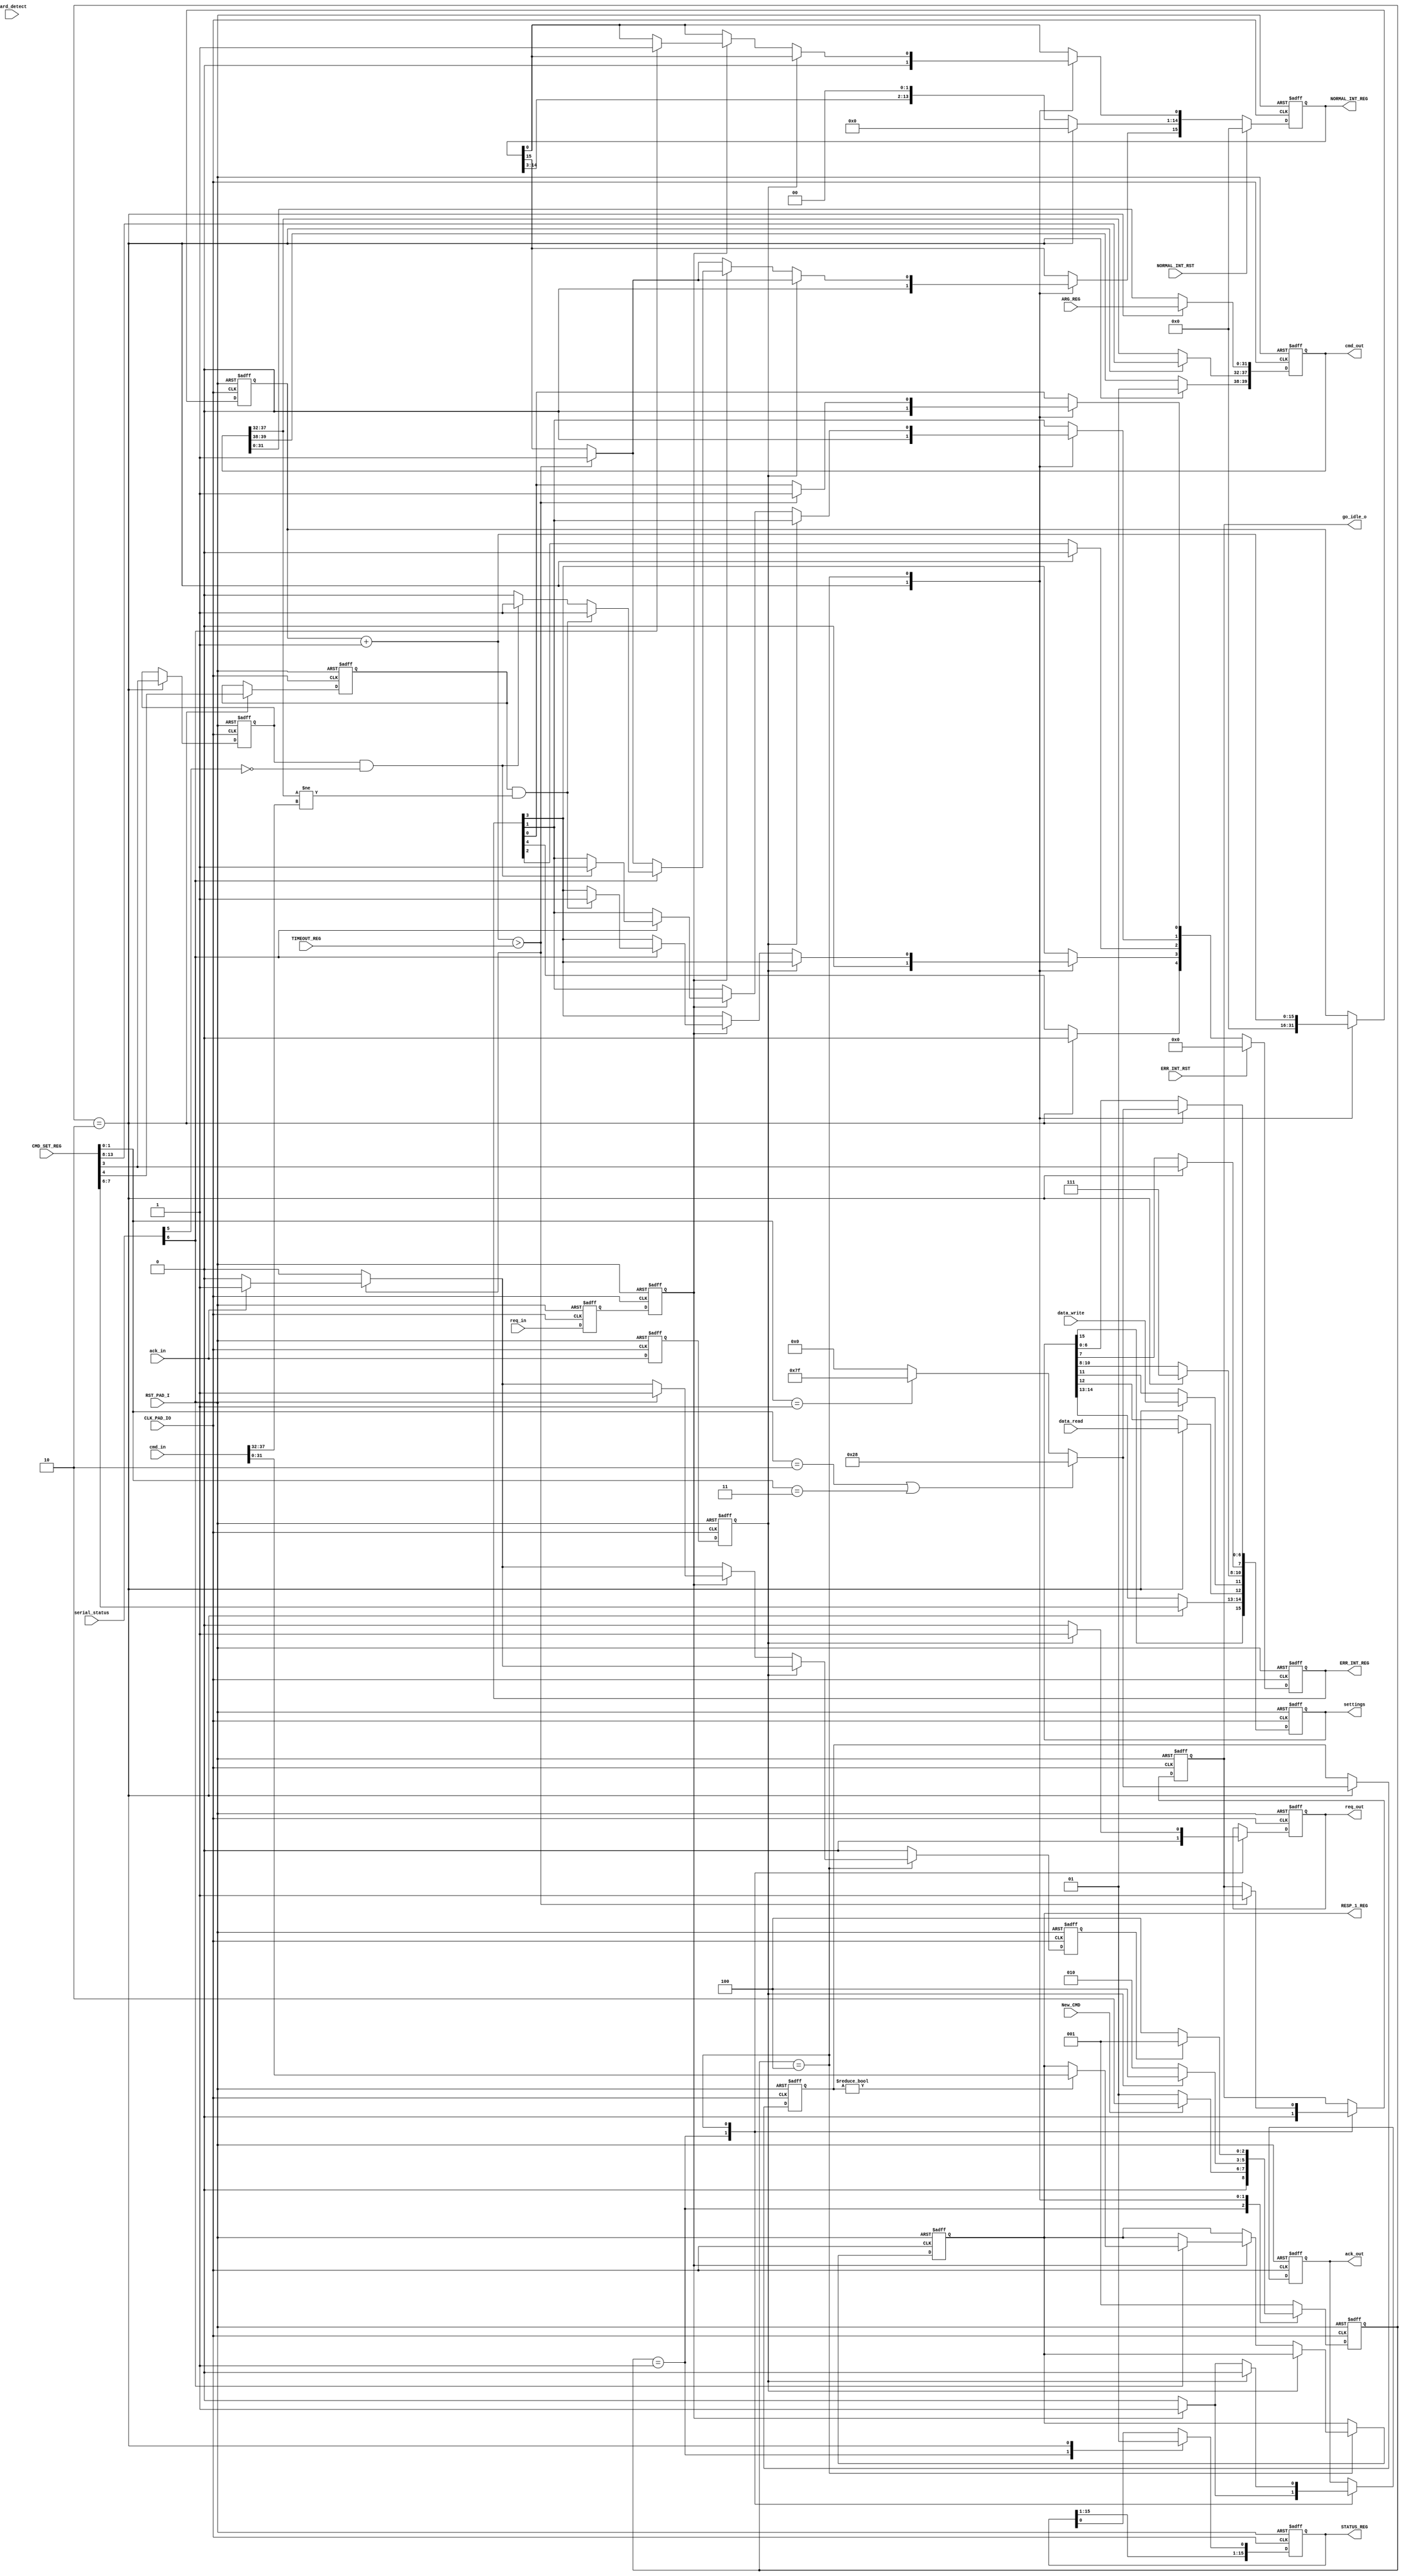
module sd_cmd_master(
input CLK_PAD_IO,

input RST_PAD_I,
input New_CMD,
input data_write,
input data_read,



input [31:0]ARG_REG,
input [13:0]CMD_SET_REG,
input [15:0] TIMEOUT_REG,
output reg [15:0] STATUS_REG,
output reg [31:0] RESP_1_REG,

output reg [4:0] ERR_INT_REG, 
output reg [15:0] NORMAL_INT_REG, 
input ERR_INT_RST,
input NORMAL_INT_RST,

output reg [15:0] settings,
output reg go_idle_o,
output reg  [39:0] cmd_out,
output reg req_out,
output reg ack_out,
input req_in,
input ack_in,
input [39:0] cmd_in,
input [7:0] serial_status,
input card_detect
);
 
  







`define dat_ava status[6]
`define crc_valid status[5] 
`define small_rsp 7'b0101000
`define big_rsp 7'b1111111

`define CMDI CMD_SET_REG[13:8]
`define WORD_SELECT CMD_SET_REG[7:6]
`define CICE CMD_SET_REG[4]
`define CRCE CMD_SET_REG[3]
`define RTS CMD_SET_REG[1:0]
`define CTE ERR_INT_REG[0]
`define CCRCE ERR_INT_REG[1]
`define CIE  ERR_INT_REG[3]
`define EI NORMAL_INT_REG[15]
`define CC  NORMAL_INT_REG[0]
`define CICMD STATUS_REG[0]
             

//-----------Types--------------------------------------------------------

reg CRC_check_enable;
reg index_check_enable;
reg [6:0]response_size;


reg card_present;


reg [3:0]debounce;

reg [15:0]status;
reg [15:0]  Watchdog_Cnt;
reg complete;



parameter SIZE = 3;
reg [SIZE-1:0] state;
reg [SIZE-1:0] next_state;

parameter IDLE   =  3'b001;
parameter SETUP   =  3'b010;
parameter EXECUTE  =  3'b100;
reg ack_in_int;
reg ack_q;
reg req_q;
reg req_in_int;

always @ (posedge CLK_PAD_IO or posedge RST_PAD_I   )
begin
  if (RST_PAD_I) begin
    req_q<=0;
    req_in_int<=0;
 end 
else begin
  req_q<=req_in;  
  req_in_int<=req_q;
end
end  

//---------------Input ports---------------


always @ (posedge CLK_PAD_IO or posedge RST_PAD_I   )
begin
  if (RST_PAD_I) begin
    debounce<=0;
    card_present<=0;
 end 
else begin
	if (!card_detect) begin//Card present
		if (debounce!=4'b1111)
			debounce<=debounce+1'b1;
	end
	else	
		 debounce<=0;

	if (debounce==4'b1111)
       card_present<=1'b1;
	else 
	   card_present<=1'b0;
end
end  



always @ (posedge CLK_PAD_IO or posedge RST_PAD_I   )
begin
  if (RST_PAD_I) begin
    ack_q<=0;
    ack_in_int<=0;
 end 
else begin
  ack_q<=ack_in;
  ack_in_int<=ack_q;
end
  
  
end



always @ ( state or New_CMD or complete or ack_in_int )
begin : FSM_COMBO
    next_state = 0;

 case(state)
 IDLE:   begin
      if (New_CMD) begin
          next_state = SETUP;
      end     
      else begin
         next_state = IDLE;
      end   
 end       
 SETUP:begin
    if (ack_in_int)             
       next_state = EXECUTE;  
     else   
       next_state = SETUP;
   end  
 EXECUTE:    begin
       if (complete) begin
          next_state = IDLE;
      end     
      else begin
         next_state = EXECUTE;
      end
 end       
   
  
 default : next_state  = IDLE;
 
 endcase 
    
end

 
 

always @ (posedge CLK_PAD_IO or posedge RST_PAD_I   )
begin : FSM_SEQ
  if (RST_PAD_I ) begin
    state <= #1 IDLE;
 end 
 else begin
    state <= #1 next_state;
 end
end



always @ (posedge CLK_PAD_IO or posedge RST_PAD_I   )
begin  
 if (RST_PAD_I ) begin 
    CRC_check_enable=0;
    complete =0;
    RESP_1_REG = 0;
 
    ERR_INT_REG =0;
    NORMAL_INT_REG=0;
    STATUS_REG=0;
    status=0; 
    cmd_out =0 ;
    settings=0;
    response_size=0;
    req_out=0;
    index_check_enable=0; 
    ack_out=0; 
    Watchdog_Cnt=0;
    
    `CCRCE=0;
    `EI = 0;
    `CC = 0; 
     go_idle_o=0;  
 end 
 else begin
 NORMAL_INT_REG[1] = 0;
 NORMAL_INT_REG[2] =0;
 complete=0;
 case(state)
 IDLE: begin
    go_idle_o=0;  
    req_out=0;
		ack_out =0;
		`CICMD =0; 
    if ( req_in_int == 1) begin     //Status change
        status=serial_status;
        ack_out = 1;
      
        
    end
 end
 SETUP:  begin
     
     NORMAL_INT_REG=0; 
     ERR_INT_REG =0;
  
     index_check_enable = `CICE; 
     CRC_check_enable = `CRCE;
    
    if ( (`RTS  == 2'b10 ) || ( `RTS == 2'b11)) begin
      response_size =  7'b0101000; 
    end
    else if (`RTS == 2'b01) begin
      response_size = 7'b1111111; 
    end    
    else begin
       response_size=0;
    end    
    
    cmd_out[39:38]=2'b01;         
    cmd_out[37:32]=`CMDI;  //CMD_INDEX
    cmd_out[31:0]= ARG_REG;           //CMD_Argument      
    settings[14:13]=`WORD_SELECT;             //Reserved
    settings[12] = data_read; //Type of command
    settings[11] = data_write;
    settings[10:8]=3'b111;            //Delay
    settings[7]=`CRCE;         //CRC-check
    settings[6:0]=response_size;   //response size    
    Watchdog_Cnt = 0;
    
    `CICMD =1;    
 end   
 
 EXECUTE: begin   
    Watchdog_Cnt = Watchdog_Cnt +1;
    if (Watchdog_Cnt>TIMEOUT_REG) begin
      `CTE=1;
      `EI = 1;
      if (ack_in == 1) begin
         complete=1;
      end   
      go_idle_o=1; 
    end
    
    //Default
    req_out=0;
		ack_out =0;
    
    //Start sending when serial module is ready
   	if (ack_in_int == 1) begin	    	     
	    		req_out =1;	   			   		
	  end	
	   //Incoming New Status 
	  else if ( req_in_int == 1) begin   
        status=serial_status;
      
        ack_out = 1; 
        if ( `dat_ava ) begin //Data avaible
           complete=1;
            `EI = 0;
             
           if (CRC_check_enable & ~`crc_valid) begin 
            `CCRCE=1;
            `EI = 1;
             
           end 
           if (index_check_enable &  (cmd_out[37:32] != cmd_in [37:32]) ) begin
            `CIE=1;
            `EI = 1;
            
           end
          
             
             `CC = 1;  
            
             if (response_size !=0)
              RESP_1_REG=cmd_in[31:0];
            
          // end 
         end ////Data avaible
       end //Status change
     end //EXECUTE state
   endcase
   if (ERR_INT_RST)
     ERR_INT_REG=0;
   if (NORMAL_INT_RST)
     NORMAL_INT_REG=0;
  end
end

endmodule